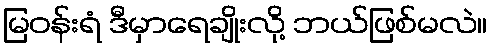
မြဝန်းရံ ဒီမှာရေချိုးလို့ ဘယ်ဖြစ်မလဲ။